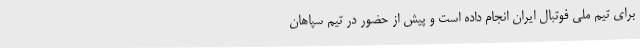
برای تیم ملی فوتبال ایران انجام داده است و پیش از حضور در تیم سپاهان